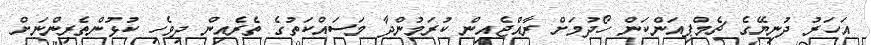
އަހަރު ދުނިޔޭގެ ޗެމްޕިއަންކަން ހޯދުމަށް ރާއްޖެއިން ކުރަމުންދާ މަސައްކަތުގެ ތެރެއިން ދިވެހި ކުޅުންތެރިންނަށް